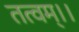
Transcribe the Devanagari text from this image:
तत्वम्।।